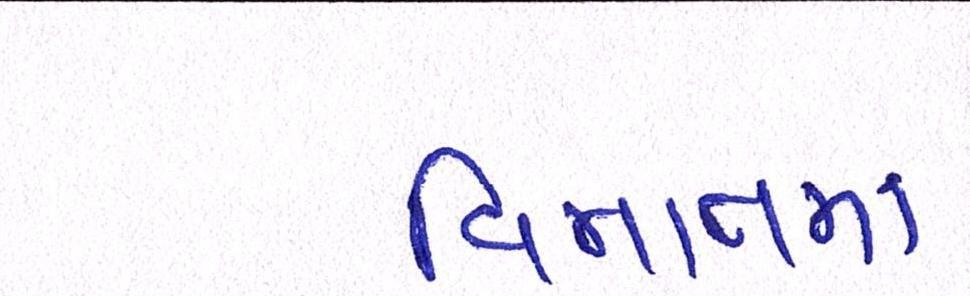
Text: વિમાનમાં